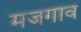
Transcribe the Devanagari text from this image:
मजगाव